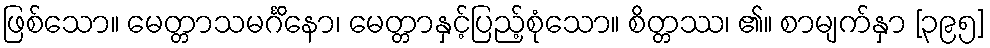
ဖြစ်သော။ မေတ္တာသမင်္ဂိနော၊ မေတ္တာနှင့်ပြည့်စုံသော။ စိတ္တဿ၊ ၏။ စာမျက်နှာ [၃၉၅]